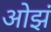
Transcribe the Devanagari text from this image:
ओझं